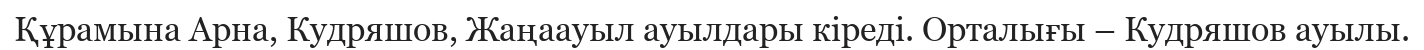
Құрамына Арна, Кудряшов, Жаңаауыл ауылдары кіреді. Орталығы – Кудряшов ауылы.